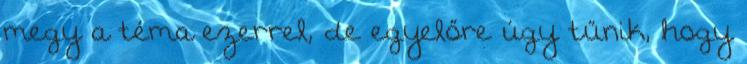
megy a téma ezerrel, de egyelőre úgy tűnik, hogy